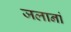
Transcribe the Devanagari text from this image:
जलानां